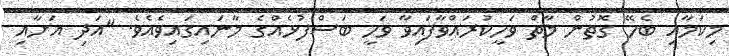
މިކަމާއި ބެހޭ ގޮތުން މާތް ވަހީކުރައްވާފައިވާ ވަހީ ބަސްފުޅެއްގެ މާނައިގައިވެއެވެ. "އަދި އަށާއި